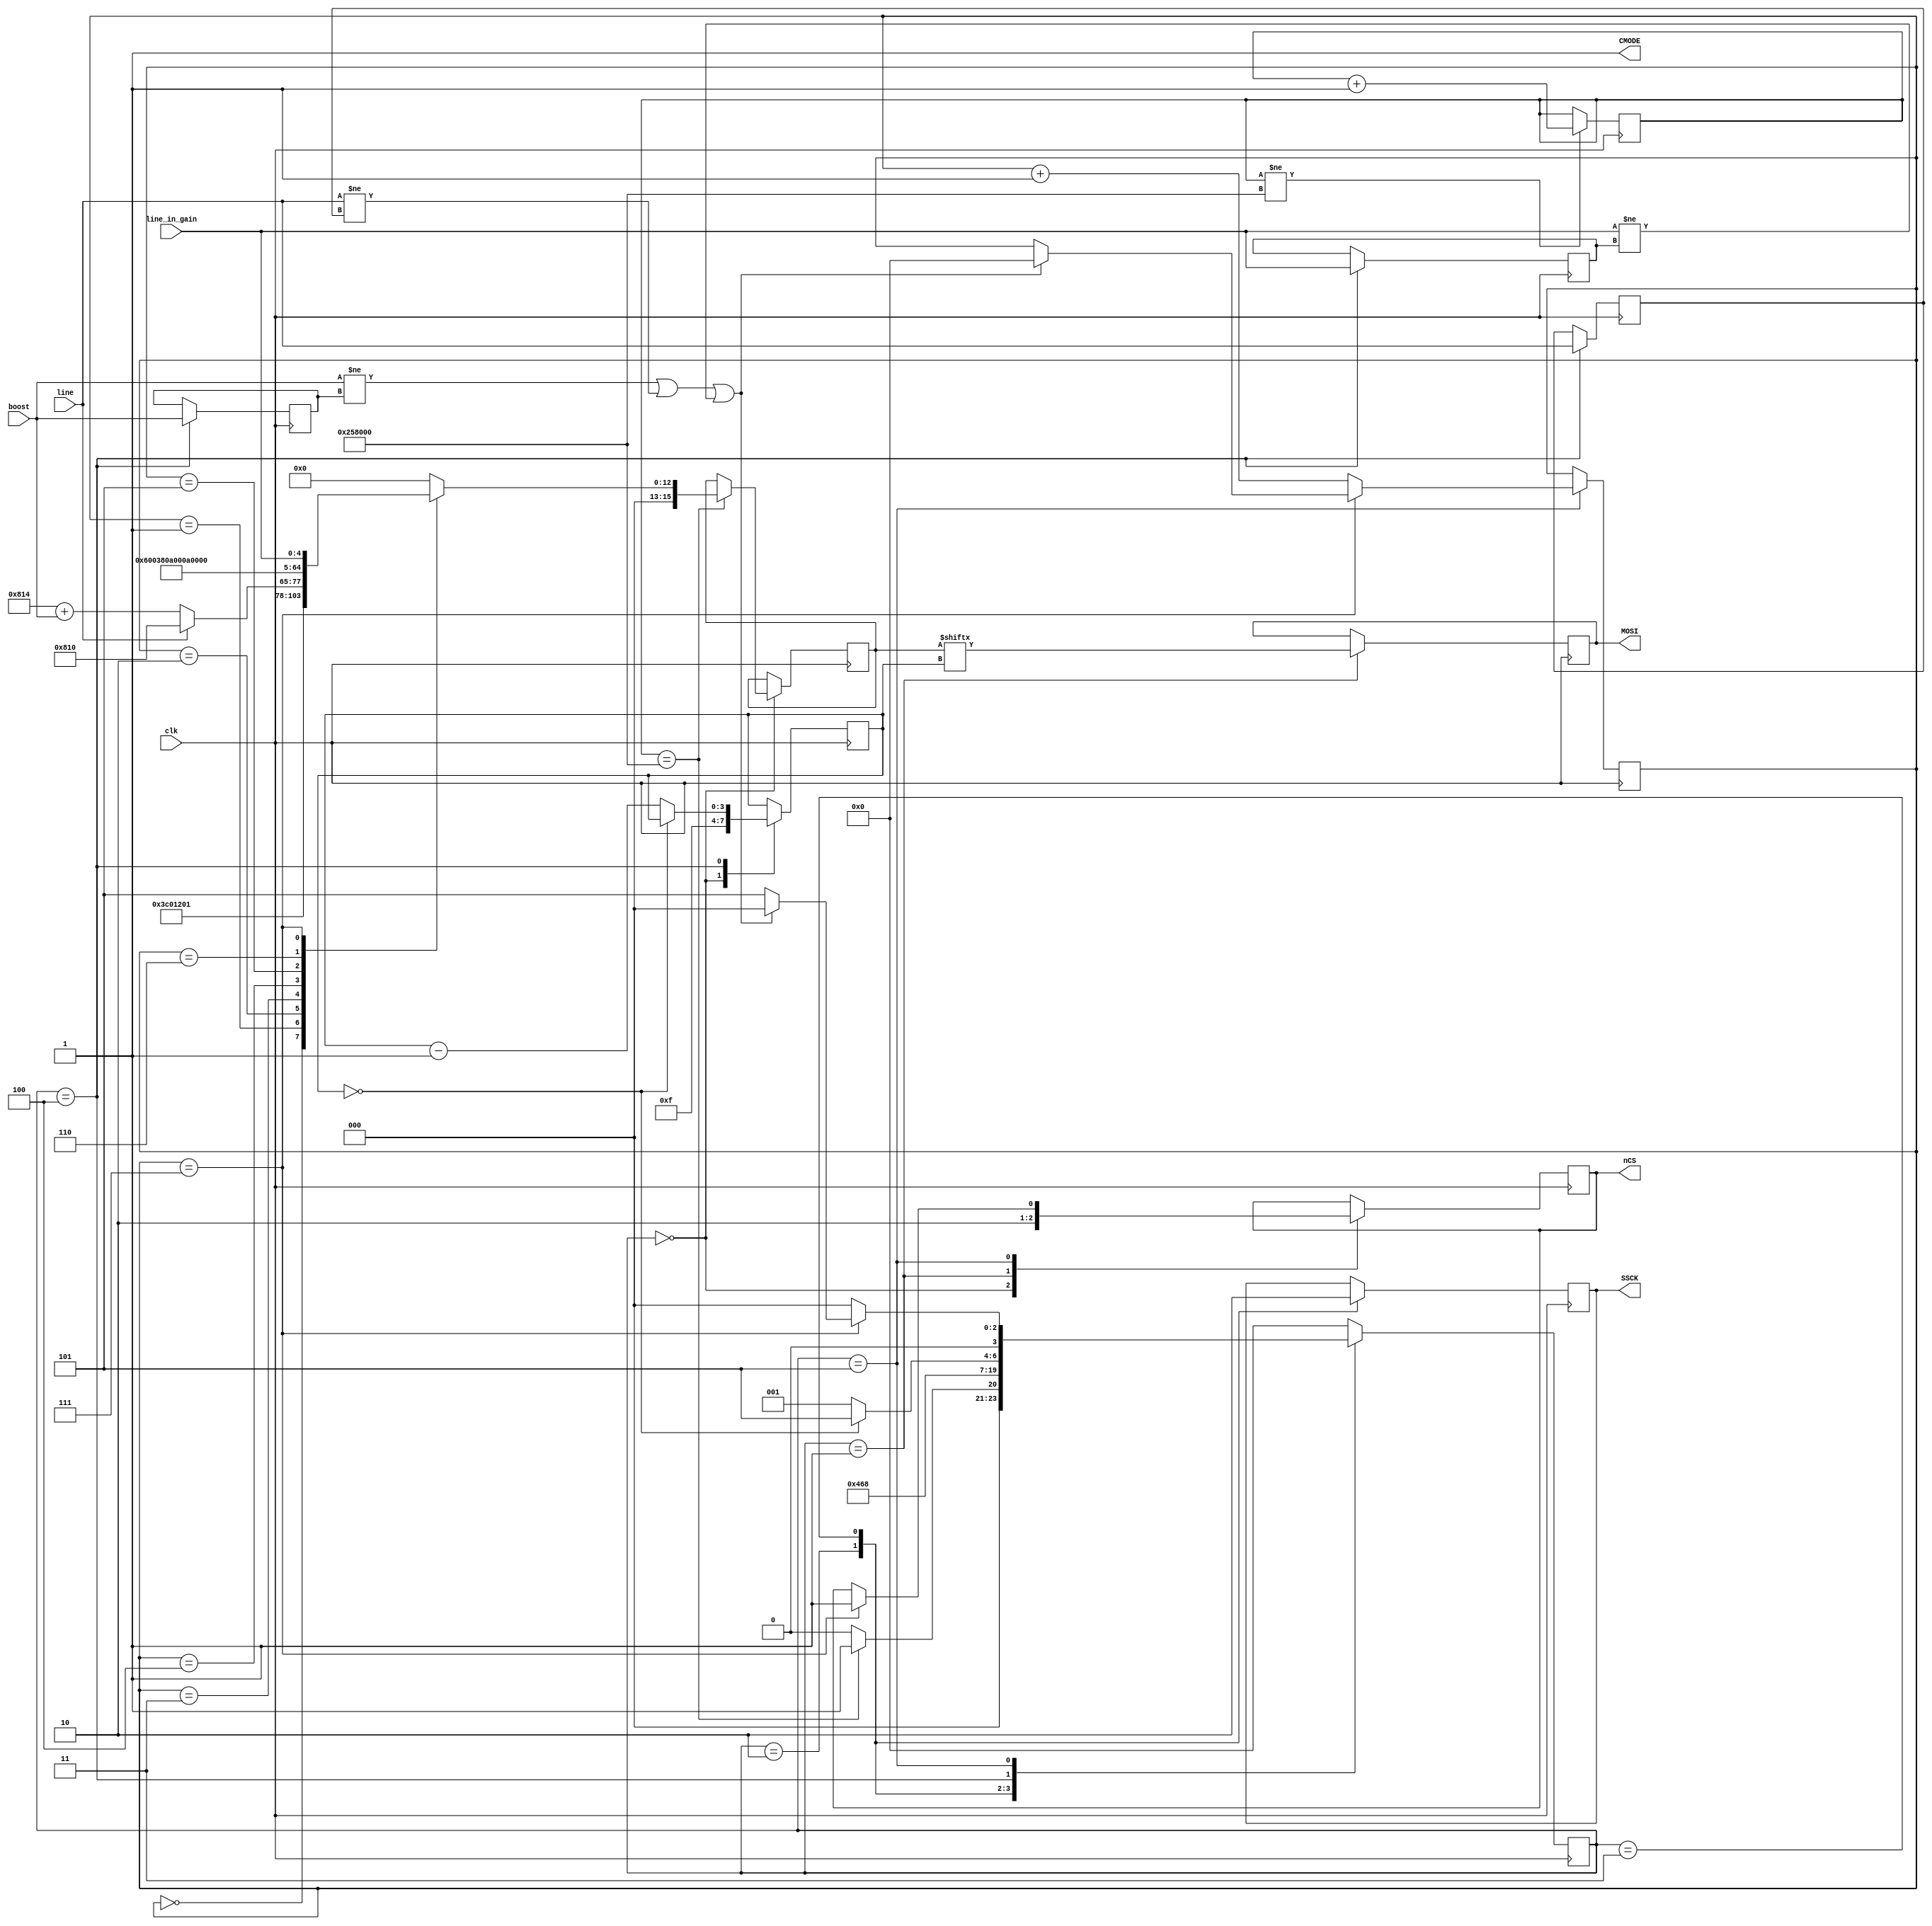

//
//  HPSDR - High Performance Software Defined Radio
//
//  Hermes code. 
//
//  This program is free software; you can redistribute it and/or modify
//  it under the terms of the GNU General Public License as published by
//  the Free Software Foundation; either version 2 of the License, or
//  (at your option) any later version.
//
//  This program is distributed in the hope that it will be useful,
//  but WITHOUT ANY WARRANTY; without even the implied warranty of
//  MERCHANTABILITY or FITNESS FOR A PARTICULAR PURPOSE.  See the
//  GNU General Public License for more details.
//
//  You should have received a copy of the GNU General Public License
//  along with this program; if not, write to the Free Software
//  Foundation, Inc., 59 Temple Place, Suite 330, Boston, MA  02111-1307  USA

// (C) Phil Harman VK6APH 2006, 2007, 2008, 2009, 2010, 2011, 2012 

// 13 April 2012 - fixed bug that muted receive audio when Line-in selected.
//                 was sending 0x0800 rather than 0x0810.


/* 

Code sends configuration data to the TVL320 via its SPI interface.
Once configured the code loops looking for a change in the boost bit.
If found the new data is sent to the TLV320.

Data to send to TLV320 is 

Common settings
 0x1b    0x1E 0x00 - Reset chip
 0x1b    0x12 0x01 - set digital interface active
 0x1b    0x0C 0x00 - All chip power on
 0x1b    0x0E 0x02 - Slave, 16 bit, I2S
 0x1b    0x10 0x00 - 48k, Normal mode
 0x1b    0x0A 0x00 - turn D/A mute off
 0x1b    0x00 0x00 - set Line in gain to 0

For mic input and boost on/off
 0x1b    0x08 0x14/15 - D/A on, mic input, mic 20dB boost on/off

For line input                           
 0x1b    0x08 0x10 - D/A on, line input

*/

module TLV320_SPI (clk, CMODE, nCS, MOSI, SSCK, boost, line, line_in_gain);

input wire clk;
output wire CMODE;
output reg  nCS;
output reg  MOSI;
output reg  SSCK;
input  wire boost;
input  wire line;   // set when using line rather than mic input
input wire [4:0] line_in_gain;

reg   [3:0] load;
reg   [3:0] TLV;
reg  [15:0] TLV_data;
reg  [15:0] latch_TLV_data;
reg   [3:0] bit_cnt;
reg         prev_boost;
reg         prev_line;
reg	[4:0] prev_line_in_gain;

// Set up TLV320 data to send 
always @*	
begin
  case (load)
  4'd0: TLV_data = 16'h1E00;  			// data to load into TLV320
  4'd1: TLV_data = 16'h1201;
  4'd2: TLV_data = line ? 16'h0810 : (16'h0814 + boost);	// D/A on
  4'd3: TLV_data = 16'h0C00;
  4'd4: TLV_data = 16'h0E02;
  4'd5: TLV_data = 16'h1000;
  4'd6: TLV_data = 16'h0A00;
  4'd7: TLV_data = {11'b0, line_in_gain};				// set line in gain
  //4'd8: TLV_data = 16'h0000;
  default: TLV_data = 0;
  endcase
end

// State machine to send data to TLV320 via SPI interface

assign CMODE = 1'b1;							// Set to 1 for SPI mode

reg [23:0] tlv_timeout;

always @ (posedge clk)		
begin
  if (tlv_timeout != (200*12288))        // 200mS @CMCLK= 12.288Mhz
    tlv_timeout <= tlv_timeout + 1'd1;

  case (TLV)
  4'd0:
  begin
    nCS <= 1'b1;        					// set TLV320 CS high
    bit_cnt <= 4'd15;   					// set starting bit count to 15
    if (tlv_timeout == (200*12288)) begin 	// wait for 200mS timeout
      latch_TLV_data <= TLV_data;		// save the current settings
      TLV <= 4'd1;
    end
    else
      TLV <= 4'd0;
  end

  4'd1:
  begin
    nCS  <= 1'b0;                		// start data transfer with nCS low
    MOSI <= latch_TLV_data[bit_cnt];  			// set data up
    TLV  <= 4'd2;
  end

  4'd2:
  begin
    SSCK <= 1'b1;               			// clock data into TLV320
    TLV  <= 4'd3;
  end

  4'd3:
  begin
    SSCK <= 1'b0;               			// reset clock
    TLV  <= 4'd4;
  end

  4'd4:
  begin
    if (bit_cnt == 0) 						// word transfer is complete, check for any more
      TLV <= 4'd5;
    else
    begin
      bit_cnt <= bit_cnt - 1'b1;
      TLV <= 4'd1;    						// go round again
    end
    begin 
    prev_boost <= boost; 	   			// save the current boost setting 
    prev_line <= line;		   			// save the current line in setting
	 prev_line_in_gain <= line_in_gain; // save the current line-in gain setting
    end 
  end

  4'd5:
  begin
    if (load == 7) begin					// stop when all data sent, and wait for boost to change
		nCS <= 1'b1;        					// set CS high               
		  if (boost != prev_boost || line != prev_line || line_in_gain != prev_line_in_gain) begin  // has boost or line in or line-in gain changed?
			load <= 0;
			TLV <= 4'd0;
		  end
	      else TLV <= 4'd5;     			// hang out here forever
	end
    else begin									// else get next data             	
      TLV  <= 4'd0;           
      load <= load + 3'b1;  				// select next data word to send
    end
  end
  
  default: TLV <= 4'd0;
  endcase
end

endmodule